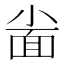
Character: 𱚦